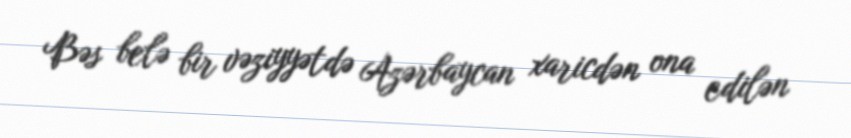
Bəs belə bir vəziyyətdə Azərbaycan xaricdən ona edilən